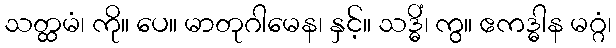
သတ္ထမံ၊ ကို။ ပေ။ မာတုဂါမေန၊ နှင့်။ သဒ္ဓိံ၊ ကွ။ ဧကဒ္ဓါန မဂ္ဂံ၊